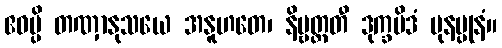
ဧဝမ္ပိ တဏှာနုသယေ အနူဟတေ၊ နိဗ္ဗတ္တတီ ဒုက္ခမိဒံ ပုနပ္ပုနံ။